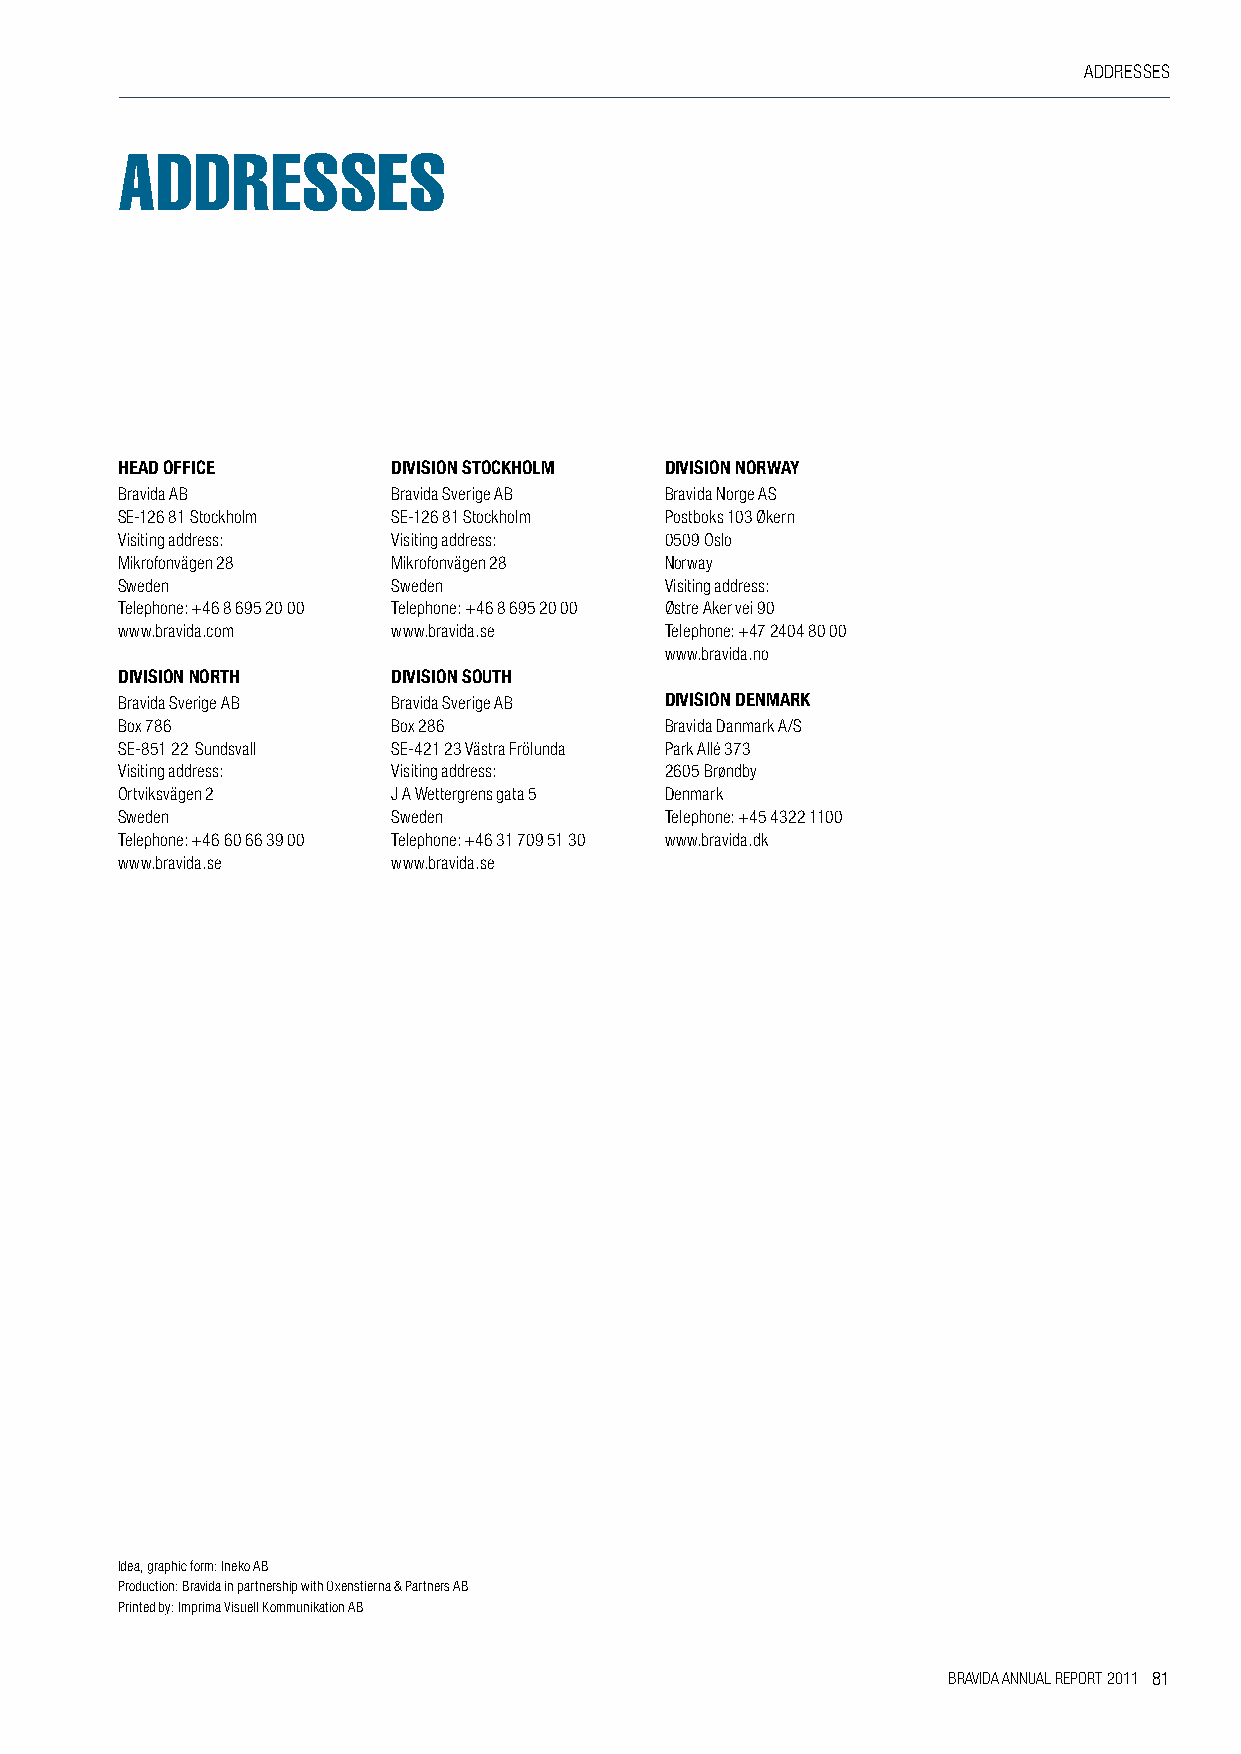
ADDRESSES
 aDDresses
 HEAD OFFICE       DIVISION STOCKHOLM DIVISION NORWAY
 Bravida AB        Bravida Sverige AB Bravida Norge AS
 SE-126 81 Stockholm SE-126 81 Stockholm Postboks 103 Økern
 Visiting address: Visiting address: 0509 Oslo
 Mikrofonvägen 28  Mikrofonvägen 28  Norway
 Sweden            Sweden            Visiting address:
 Telephone: +46 8 695 20 00 Telephone: +46 8 695 20 00 Østre Aker vei 90
 www.bravida.com   www.bravida.se    Telephone: +47 2404 80 00
 www.bravida.no
 DIVISION NORTH    DIVISION SOUTH
 Bravida Sverige AB Bravida Sverige AB DIVISION DENMARK
 Box 786           Box 286           Bravida Danmark A/S
 SE-851 22 Sundsvall SE-421 23 Västra Frölunda Park Allé 373
 Visiting address: Visiting address: 2605 Brøndby
 Ortviksvägen 2    J A wettergrens gata 5 Denmark
 Sweden            Sweden            Telephone: +45 4322 1100
 Telephone: +46 60 66 39 00 Telephone: +46 31 709 51 30 www.bravida.dk
 www.bravida.se    www.bravida.se
 Idea, graphic form: Ineko AB
 Production: Bravida in partnership with Oxenstierna & Partners AB
 Printed by: Imprima Visuell Kommunikation AB
 BRAVIDA ANNUAL REPORT 2011 81